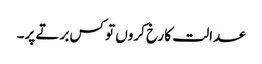
عدالت کا رخ کروں تو کس برتے پر۔